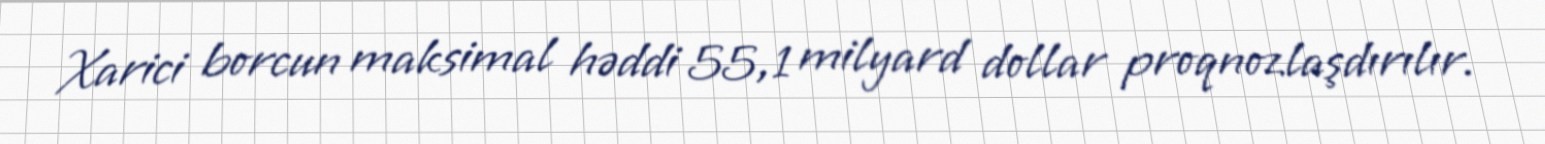
Xarici borcun maksimal həddi 55,1 milyard dollar proqnozlaşdırılır.